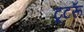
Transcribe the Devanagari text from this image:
टूटरूँ